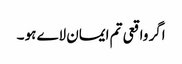
اگر واقعی تم ایمان لاے ہو ۔